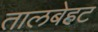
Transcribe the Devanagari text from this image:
तालबेहट